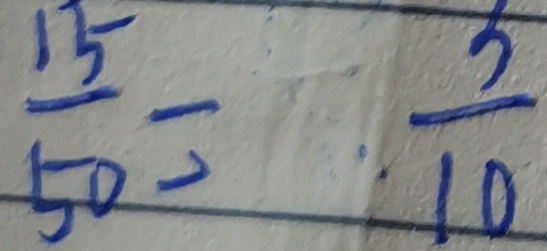
\frac { 1 5 } { 5 0 } = \frac { 3 } { 1 0 }